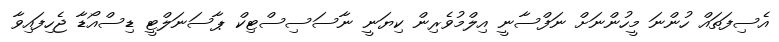
އެސިފަތައް ހުންނަ މީހުންނަށް ނަފްސާނީ އިލްމުވެރިން ކިޔަނީ ނާސަސިސްޓިކް ޕާސަނަލްޓީ ޑިސްއޯޑާ ޖެހިފައިވާ